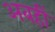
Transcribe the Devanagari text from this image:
अबहीं